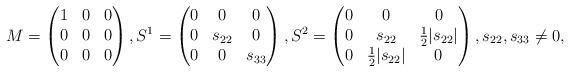
LaTeX: \begin{align*} M=\begin{pmatrix} 1 & 0 & 0\\ 0 & 0 & 0\\ 0 & 0 & 0 \end{pmatrix}, S^1=\begin{pmatrix} 0 & 0 & 0\\ 0 & s_{22} & 0\\ 0 & 0 & s_{33} \end{pmatrix}, S^2=\begin{pmatrix} 0 & 0 & 0\\ 0 & s_{22} & \frac{1}{2}|s_{22}|\\ 0 & \frac{1}{2}|s_{22}| & 0 \end{pmatrix},s_{22}, s_{33}\neq0, \end{align*}